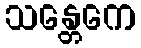
သန္တေကေ